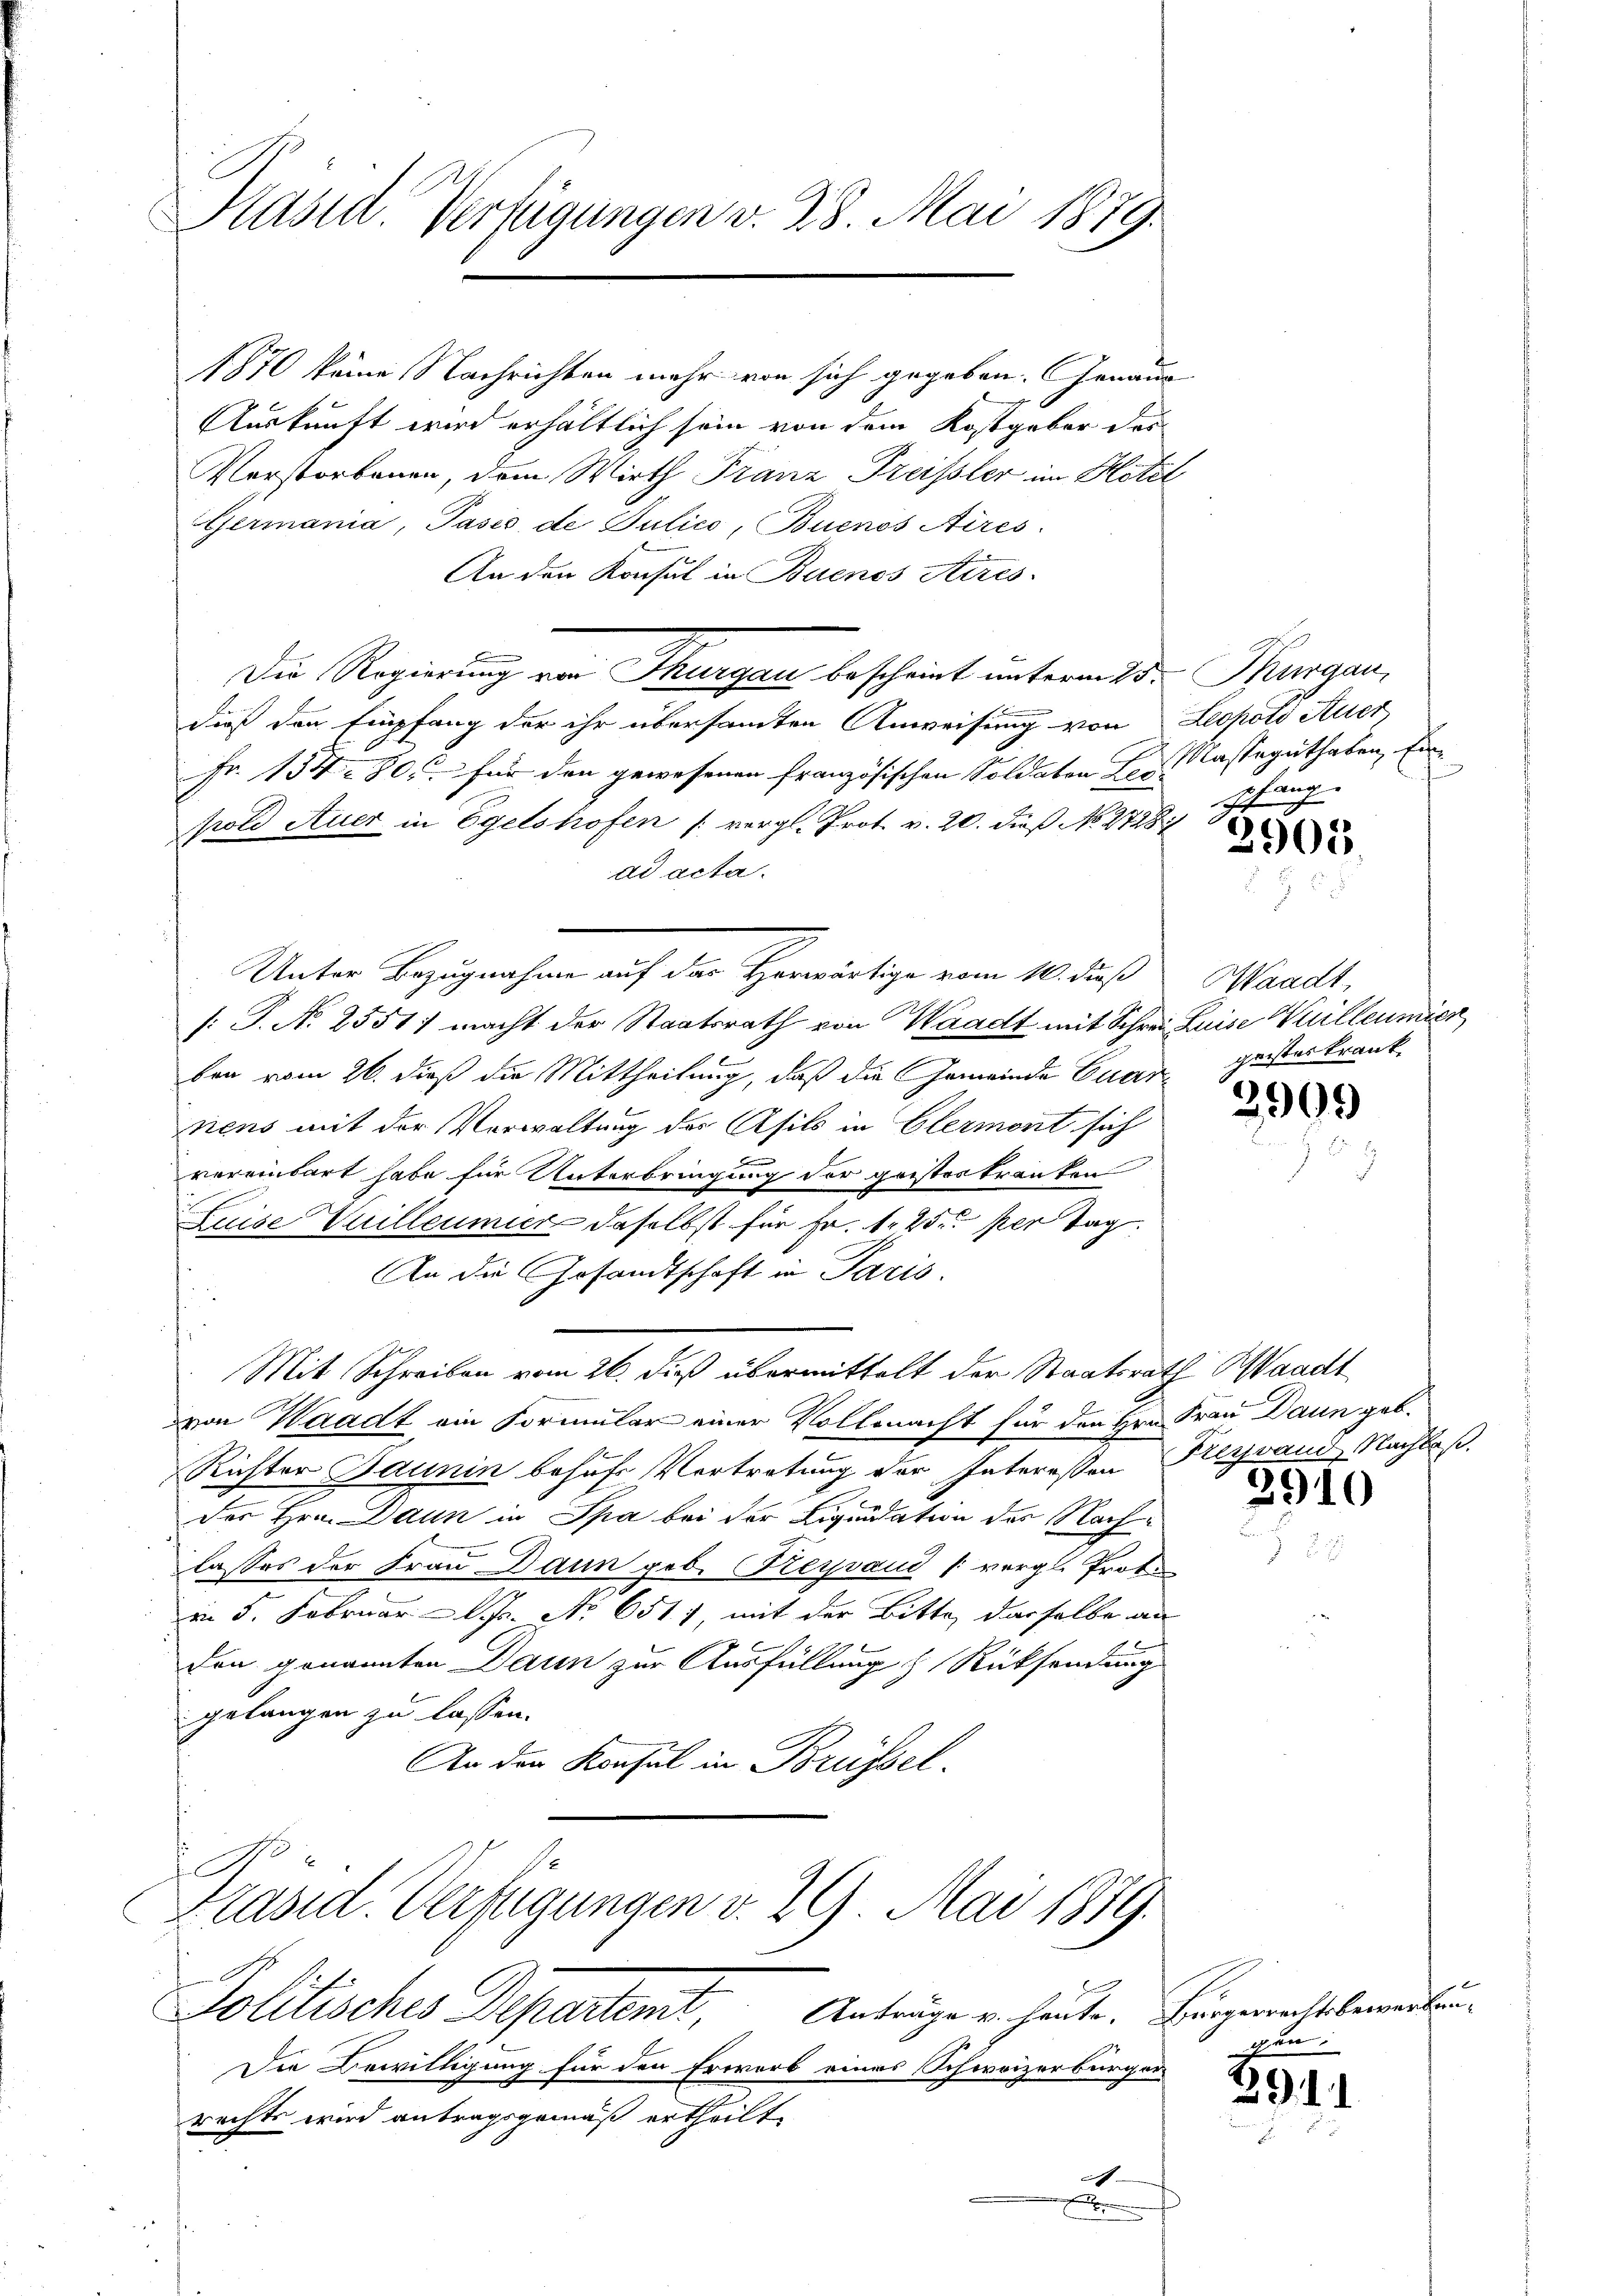
Präsid. Verfügungen v. 28. Mai 1879.

1870 keine Nachrichten mehr von sich gegeben. Genaue
Auskunft wird erhältlich sein von dem Kostgeber des
Verstorbenen, dem Wirth Franz Preissler im Hotel
Germania, Pasis de Julico, Buenos Aires.
An den Konsul in Buenos Aires.
dies den Empfang der ihr übersammten Anweisung von Lecholo Auer
Fr. 154. 80. für den gewesenen französischen Soldaten der Kasseguthaben, in
pold Auer in Egelshofen (vergl. Prot. v. 20. dieß No. 27288
ad acta.
Unter Bezugnahme auf der Herwärtige vom 10. dieß
[: J. N. 2551) macht der Staatsrath von Waadt mit Schrei Luise Willeumien
ben vom 26. dieß die Mittheilung, daß die Gemeinde Euer geisterkrank
nens mit der Verwaltung des Afils in Elermont sich
vereinbart habe für Unterbringung der geisteskranken
Luise Vuilleumier daselbst für Fr. 1. 25. per Tag.
An die Gesandtschaft in Paris.
Mit Schreiben vom 26. dieß übermittelt der Staatsrath Waadt
von Waadt ein Formular einer Vollmacht für den Hrn. Frau Dann geb.
Richter Jaunin behufs Vertretung der Interessen Feyrand, Nachlaß
der Hrn. Dann in Spa bei der Liquidation des Nachlasses der Frau Dann geb. Beysaud (vergl. Proto
m 5. Februar l. Js. No 651. 7, mit der Bitte, dasselbe an
den genannten Dann zur Ausfüllung & Rücksendung
gelangen zu lassen.
An der Konsul in Brüssel.
s
Präsid. Verfügungen v. 29. Mai 1889.
Anträge u. heute. Bürgerrechtsbewerbun¬
Politisches Departen,
Die Bewilligung für den Erwerb eines Schweizerbürgerrechts wird antragsgemäß ertheilt.
a

Die Regierung von Thurgau bescheint unterm 25. Thurgau,

¬
pfang

2905.

Waadt,

2900

3910

gen:

291.